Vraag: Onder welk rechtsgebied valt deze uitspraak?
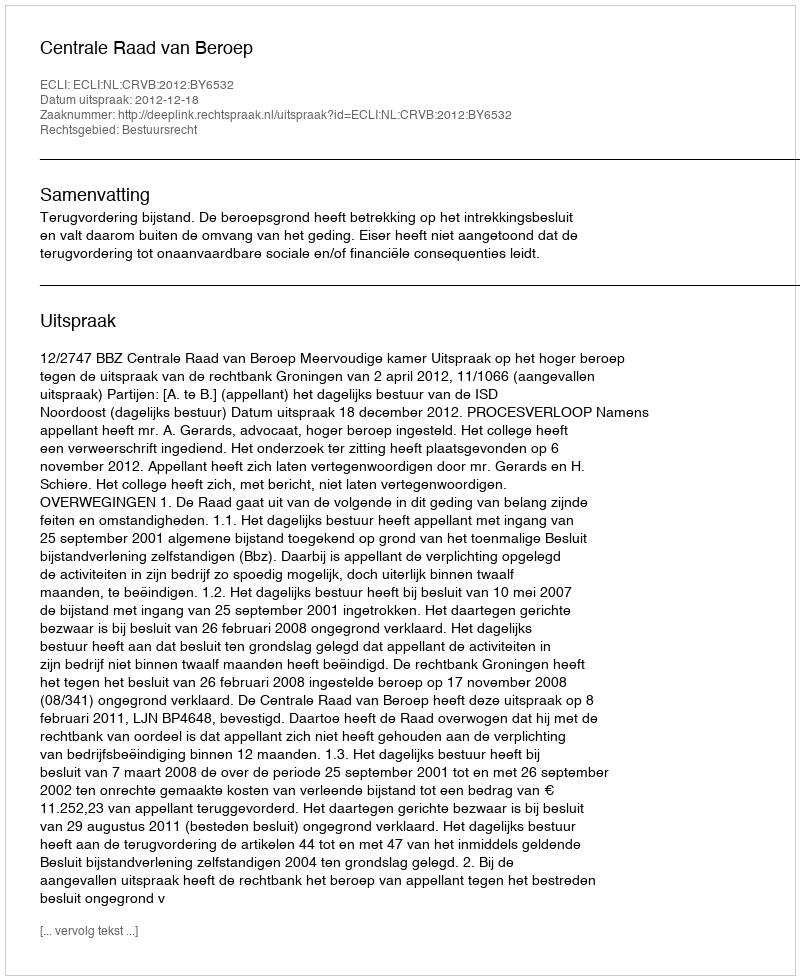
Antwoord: Bestuursrecht